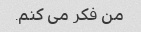
من فکر می کنم.